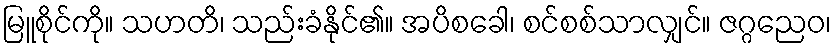
မြူစိုင်ကို။ သဟတိ၊ သည်းခံနိုင်၏။ အပိစခေါ၊ စင်စစ်သာလျှင်။ ဇဂ္ဂညေဝ၊